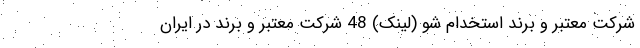
شرکت معتبر و برند استخدام شو (لینک) 48 شرکت معتبر و برند در ایران